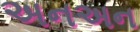
અનઅન